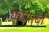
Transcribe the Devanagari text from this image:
कणाने